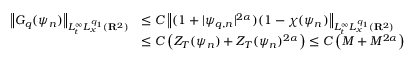
\begin{array} { r l } { \left\| G _ { q } ( \psi _ { n } ) \right\| _ { L _ { t } ^ { \infty } L _ { x } ^ { q _ { 1 } } ( { \mathbf R } ^ { 2 } ) } } & { \leq C \left\| ( 1 + | \psi _ { q , n } | ^ { 2 \alpha } ) ( 1 - \chi ( \psi _ { n } ) \right\| _ { L _ { t } ^ { \infty } L _ { x } ^ { q _ { 1 } } ( { \mathbf R } ^ { 2 } ) } } \\ & { \leq C \left( { Z _ { T } ( \psi _ { n } ) } + Z _ { T } ( \psi _ { n } ) ^ { 2 \alpha } \right) \leq C \left( { M } + M ^ { 2 \alpha } \right) } \end{array}